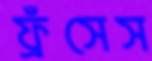
ফ্রঁসেস